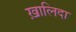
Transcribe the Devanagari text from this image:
ख़ालिदा